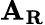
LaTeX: \mathbf{A}_{\mathbf{R}}